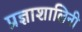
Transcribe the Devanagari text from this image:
प्रज्ञाशालिनी